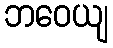
ဘဝေယျ